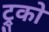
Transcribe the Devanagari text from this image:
ट्रुको